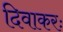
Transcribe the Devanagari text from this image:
दिवाकरः